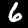
Label: 6